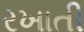
રખાતી